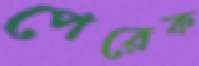
পেরেক